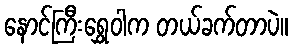
နောင်ကြီးရွှေဝါက တယ်ခက်တာပဲ။